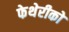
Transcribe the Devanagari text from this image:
फेथेरीको